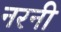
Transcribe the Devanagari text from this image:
नरनी